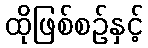
ထိုဖြစ်စဉ်နှင့်